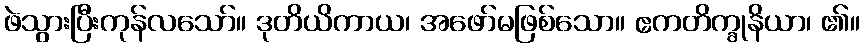
ဖဲသွားပြီးကုန်လသော်။ ဒုတိယိကာယ၊ အဖော်မဖြစ်သော။ ဧကတိက္ခုနိယာ၊ ၏။